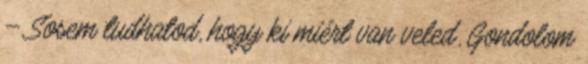
– Sosem tudhatod, hogy ki miért van veled. Gondolom